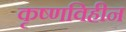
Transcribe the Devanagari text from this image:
कृष्णविहीन